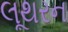
લૂથરન